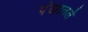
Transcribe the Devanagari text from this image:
पंखातले